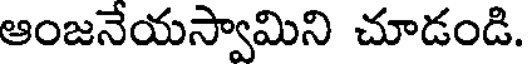
ఆంజనేయస్వామిని చూడండి.